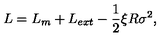
L = L _ { m } + L _ { e x t } - { \frac { 1 } { 2 } } \xi R \sigma ^ { 2 } ,